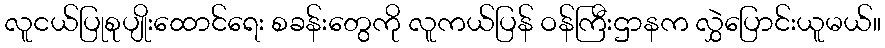
လူငယ်ပြုစုပျိုးထောင်ရေး စခန်းတွေကို လူကယ်ပြန် ဝန်ကြီးဌာနက လွှဲပြောင်းယူမယ်။